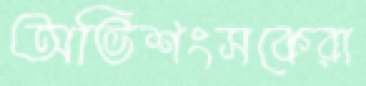
অভিশংসকেরা